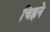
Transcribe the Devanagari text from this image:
चिह्नने